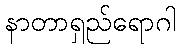
နာတာရှည်ရောဂါ